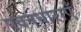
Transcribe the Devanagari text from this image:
पवनधाराएँ